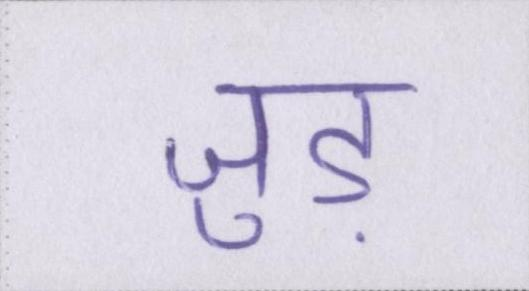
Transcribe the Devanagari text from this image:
जुड़